Indian journal of veterinary science and animal husbandry - Volume 7,
Year: 1937
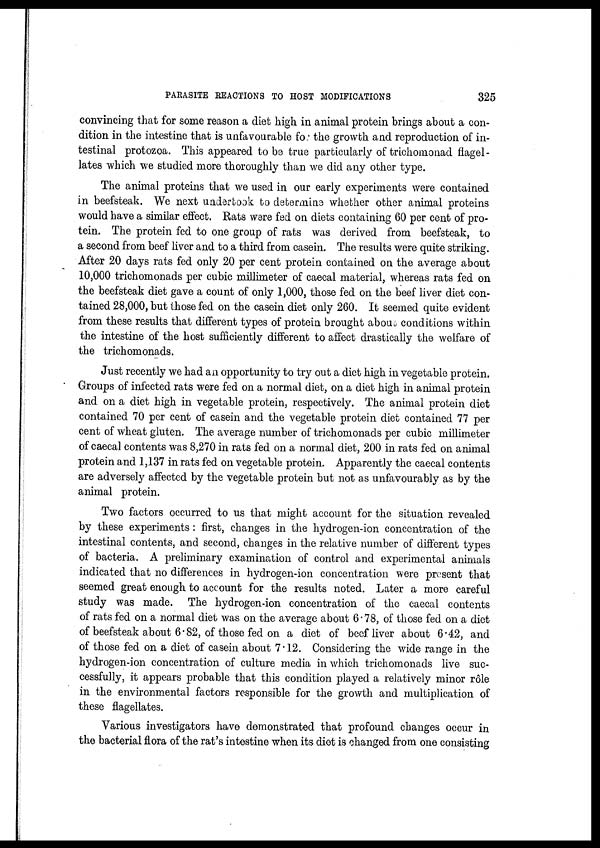
PARASITE REACTIONS TO HOST MODIFICATIONS
325
convincing that for some reason a diet high in animal protein brings about a con-
dition in the intestine that is unfavourable for the growth and reproduction of in-
testinal protozoa. This appeared to be true particularly of trichomonad flagel¬
lates which we studied more thoroughly than we did any other type.
The animal proteins that we used in our early experiments were contained
in beefsteak. We next undertook to determine whether other animal proteins
would have a similar effect. Rats were fed on diets containing 60 per cent of pro-
tein. The protein fed to one group of rats was derived from beefsteak, to
a second from beef liver and to a third from casein. The results were quite striking.
After 20 days rats fed only 20 per cent protein contained on the average about
10,000 trichomonads per cubic millimeter of caecal material, whereas rats fed on
the beefsteak diet gave a count of only 1,000, those fed on the beef liver diet con-
tained 28,000, but those fed on the casein diet only 260. It seemed quite evident
from these results that different types of protein brought about conditions within
the intestine of the host sufficiently different to affect drastically the welfare of
the trichomonads.
Just recently we had an opportunity to try out a diet high in vegetable protein.
Groups of infected rats were fed on a normal diet, on a diet high in animal protein
and on a diet high in vegetable protein, respectively. The animal protein diet
contained 70 per cent of casein and the vegetable protein diet contained 77 per
cent of wheat gluten. The average number of trichomonads per cubic millimeter
of caecal contents was 8,270 in rats fed on a normal diet, 200 in rats fed on animal
protein and 1,137 in rats fed on vegetable protein. Apparently the caecal contents
are adversely affected by the vegetable protein but not as unfavourably as by the
animal protein.
Two factors occurred to us that might account for the situation revealed
by these experiments : first, changes in the hydrogen-ion concentration of the
intestinal contents, and second, changes in the relative number of different types
of bacteria. A preliminary examination of control and experimental animals
indicated that no differences in hydrogen-ion concentration were present that
seemed great enough to account for the results noted. Later a more careful
study was made. The hydrogen-ion concentration of the caecal contents
of rats fed on a normal diet was on the average about 6.78, of those fed on a diet
of beefsteak about 6.82, of those fed on a diet of beef liver about 6.42, and
of those fed on a diet of casein about 7.12. Considering the wide range in the
hydrogen-ion concentration of culture media in which trichomonads live suc-
cessfully, it appears probable that this condition played a relatively minor rôle
in the environmental factors responsible for the growth and multiplication of
these flagellates.
Various investigators have demonstrated that profound changes occur in
the bacterial flora of the rat's intestine when its diet is changed from one consisting